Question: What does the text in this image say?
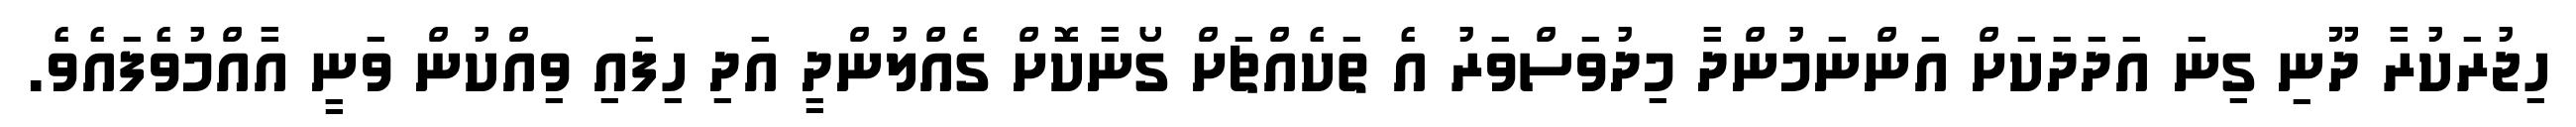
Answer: ހިޖުރަކުރާ ދޫނި ގިނަ އަދަދަކަށް އަންނަމުންދާ މިދުވަސްވަރު އެ ތަކެއްޗަށް ގޯނާކޮށް ގެއްލުންދީ އަދި ހިފައި ވިއްކުން ވަނީ އާއްމުވެފައެވެ.